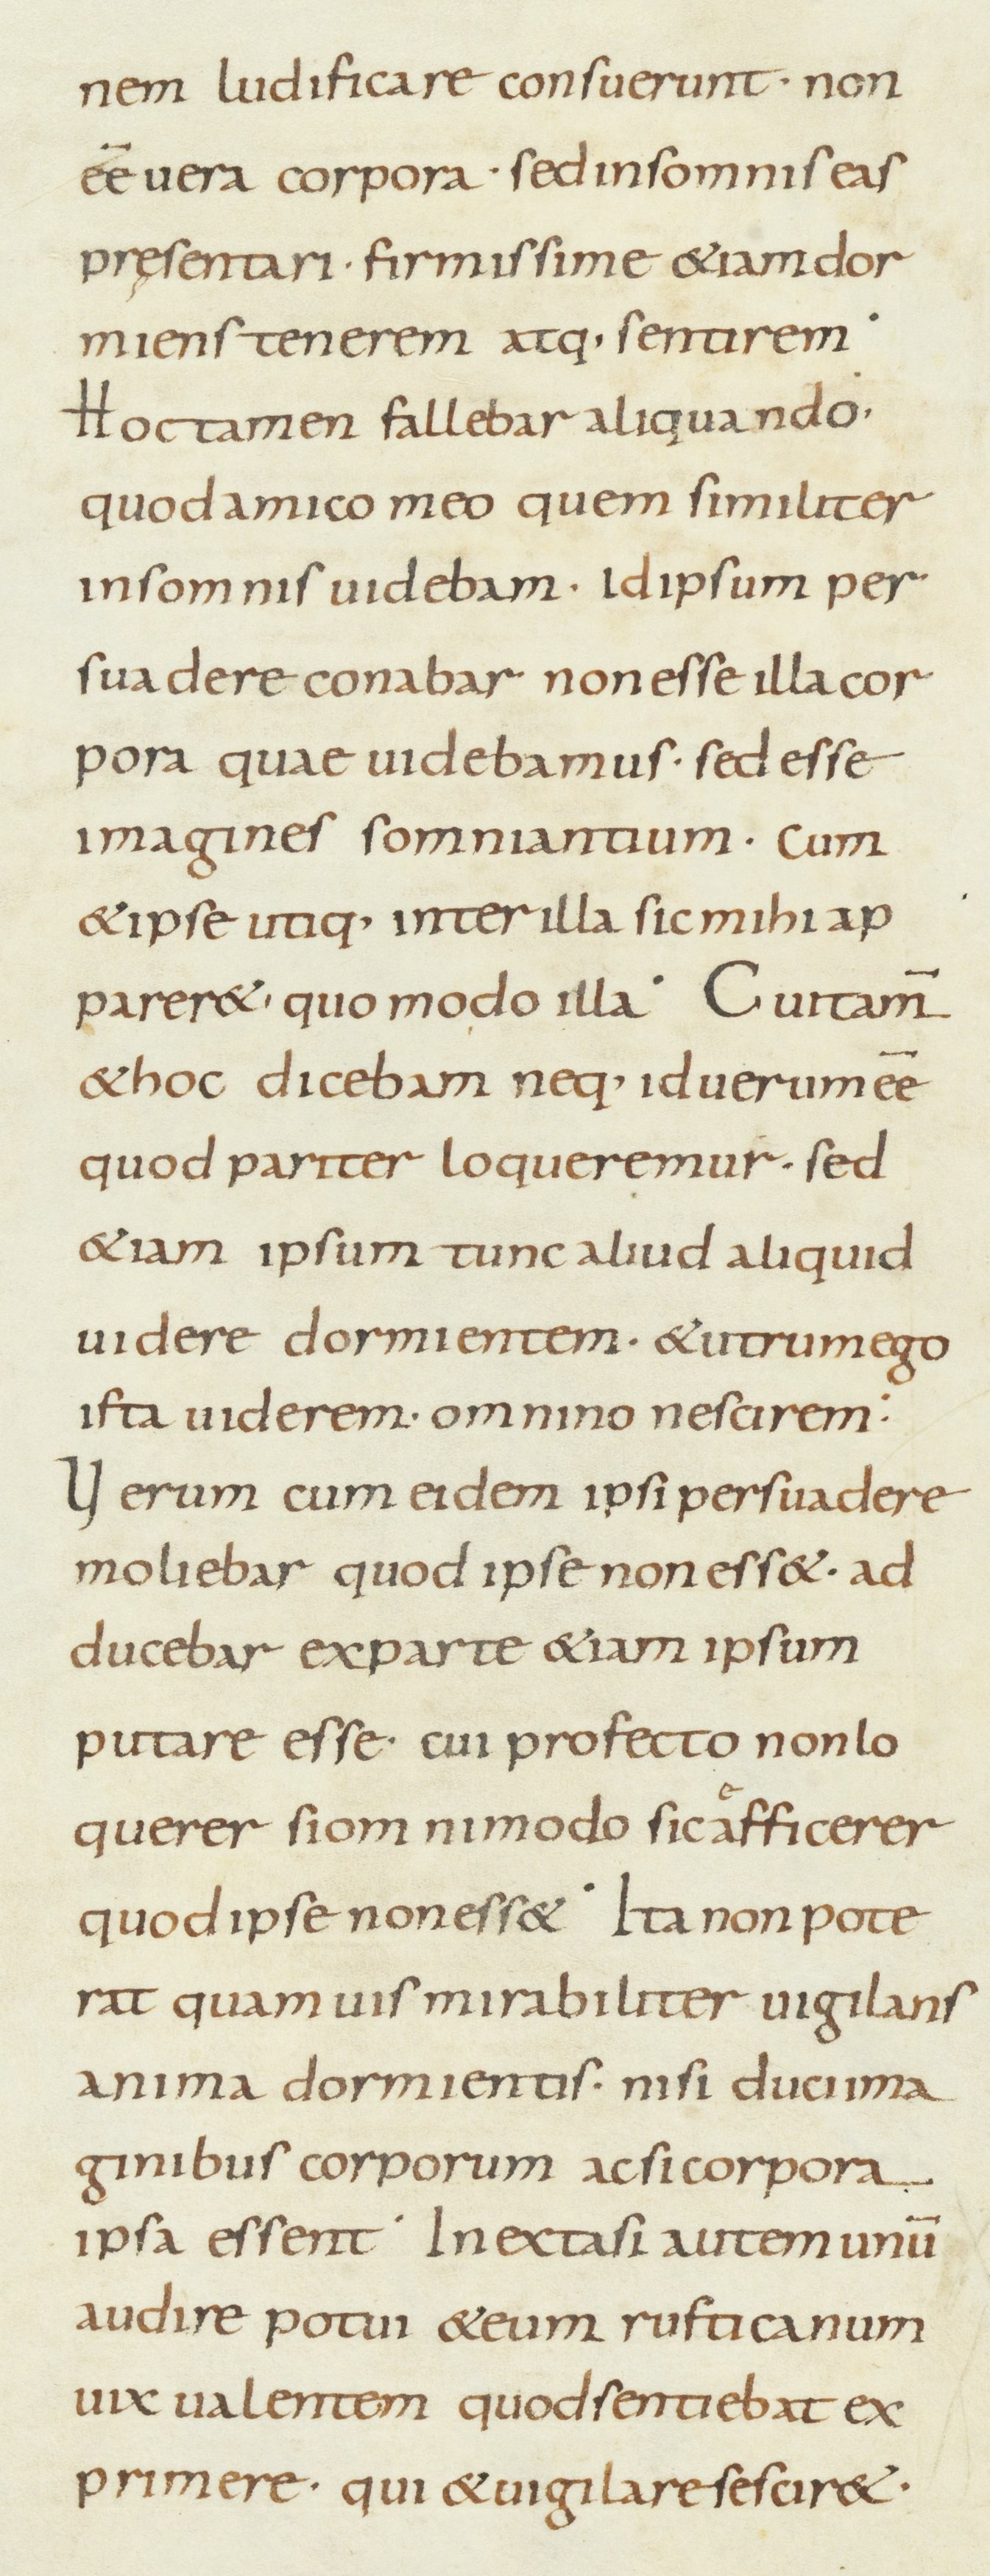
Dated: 800–899